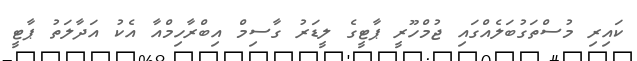
ކައިރި މުސްތަގުބަލެއްގައި ޖުމްހޫރީ ޕާޓީގެ ލީޑަރު ގާސިމް އިބްރާހިމްއާ އެކު އަދާލަތު ޕާޓީ